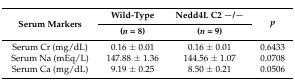
<table><thead><tr><td rowspan="2"><b>Serum Markers</b></td><td><b>Wild-Type</b></td><td><b>Nedd4L C2 −/−</b></td><td rowspan="2"><b><i>p</i></b></td></tr><tr><td><b>(<i>n</i> = 8)</b></td><td><b>(<i>n</i> = 9)</b></td></tr></thead><tbody><tr><td>Serum Cr (mg/dL)</td><td>0.16 ± 0.01</td><td>0.16 ± 0.01</td><td>0.6433</td></tr><tr><td>Serum Na (mEq/L)</td><td>147.88 ± 1.36</td><td>144.56 ± 1.07</td><td>0.0708</td></tr><tr><td>Serum Ca (mg/dL)</td><td>9.19 ± 0.25</td><td>8.50 ± 0.21</td><td>0.0506</td></tr></tbody></table>